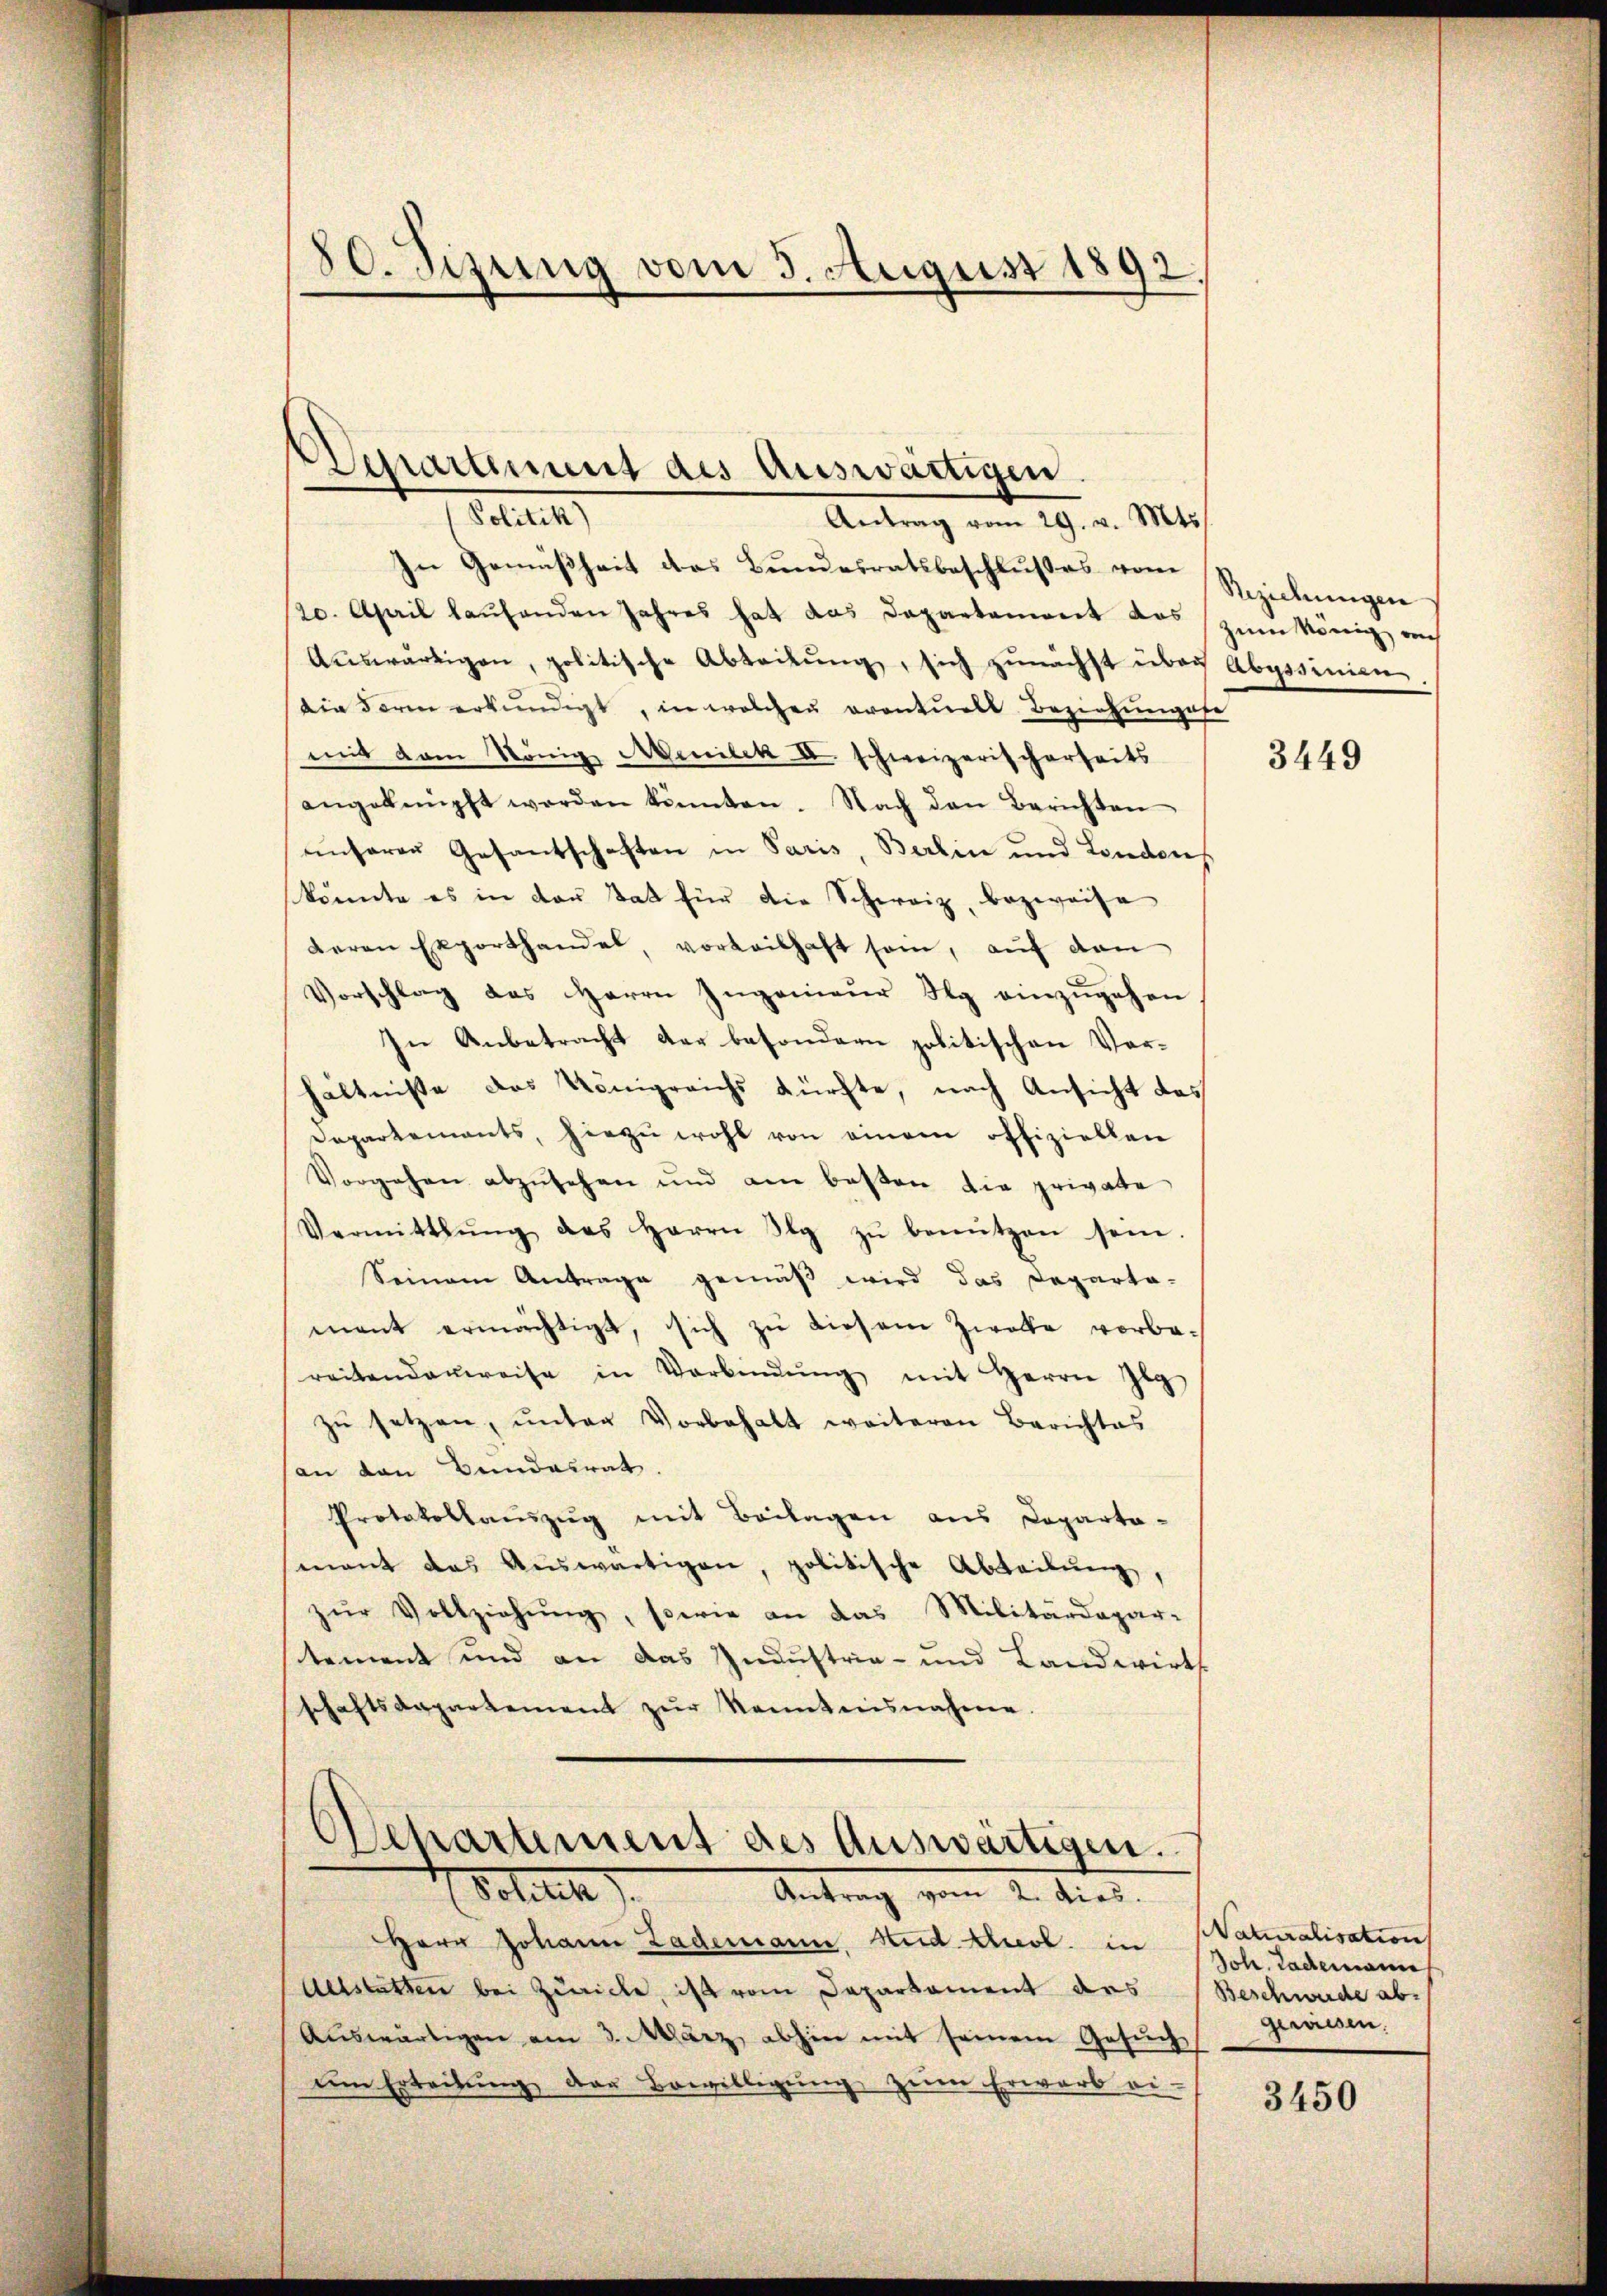
80. Sizung vom 5. August 1892.

Departement des Auswärtigen.
Sattler,
Antrag vom 29. v. Mts.

In Gemäßheit des Bundesratsbeschlußes vom
20. April laŭfenden Jahres hat das Departenwert das zum könig auch
Aŭswärtigen, politische Abteilŭng, sich zŭnächst über Abyssinien.
die darin erkundigt, in welchen eventuell Beziehungese
mit dem König Abenilek II schweizerischerheits
angeknüpft werden könnten. Nach den Berichten
unserer Gesantschaften in Paris, Berlin und Londones
könnte es in der Tat für die Schweiz, bezweife
deren Exporthandel, vorteilhaft sein, auf den
Vorschlag des Herrn Ingenieŭr Ny einzŭgehen
In Anbetracht der besondern politischen Vorhältniße des Königreichs kürfte, nach Ansicht des
Departements, hiezŭ wohl von einem offiziellen
Vorgehen abzusehen und am besten die private
Vermittlung des Herrn Ig zŭ benützen sein.
Seinem Antrage gemäβ wird das Departa-
mant ermächtigt, sich zŭ diesem Zwecke vorbereitendanweise in Verbindŭng mit Herrn Ig
zŭ setzen, unter Vorbehalt weiteren Berichtes
an den Bundesrat.
Protokollauszug mit Beilagen aus Departa-
mant das Aŭswärtigen, politische Abteilŭng,
zŭr Vollziehŭng, sowie an das Militärdepar-
stement und an das Industria- und Landwirts
schaftsappartement zŭr Kenntnisnahme.

Separtement des Auswärtigen.
Sotuech
Antrag vom 2. dies

Herr Johann Lagemann, Rud. Ausl. in
Altstatten bei Zeiche, ist vom Departament des Beschwerde ab-
Aŭswärtigen am 3. März abhin mit seinem Gesŭch Grassen.
um Erteilŭng der Bewilligung zum Erwarb ei-

Reziehungen

3449

NNaturalisation
Joh. Lademann

3450